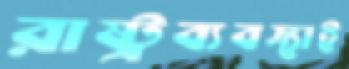
রাষ্ট্রব্যবস্থাই